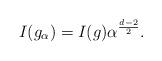
LaTeX: \begin{align*} I(g_\alpha) = I(g) \alpha^{\frac{d-2}{2}}.\end{align*}